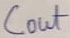
Text: Cout